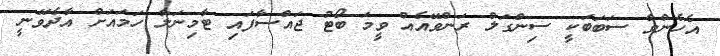
އެހެންވާ ސަބަބަކީ ސިންގަލް ރަންވޭއެއް ވީމަ ބޯޓު ޖައްސާފައި ޓާމިނަލާ ހަމައަށް އާދެވޭނީ